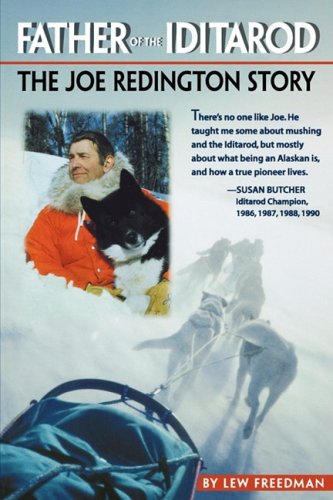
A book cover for Father of the Iditarod - The Joe Reddington Story; Lew Freedman; Sports & Outdoors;